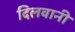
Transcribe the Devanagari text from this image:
दिलवानी